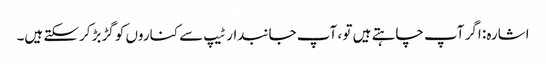
اشارہ: اگر آپ چاہتے ہیں تو ، آپ جانبدار ٹیپ سے کناروں کو گڑبڑ کرسکتے ہیں۔